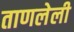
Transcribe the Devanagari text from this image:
ताणलेली